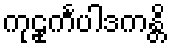
ကုဠုင်္ကပါဒကန္တိ